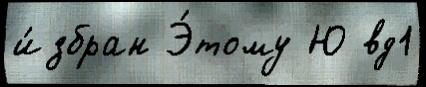
и́збран Э́тому Ю вд1